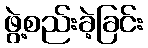
ဖွဲ့စည်းခဲ့ခြင်း